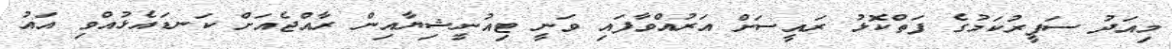
މިއަދު ސަފީރުކަމުގެ ފަތްކޮޅު ރައީސަށް އަރުއްވާފައި ވަނީ ޓިއުނީޝިޔާއިން ރާއްޖެއަށް ކަނޑައެޅުއްވި އައު